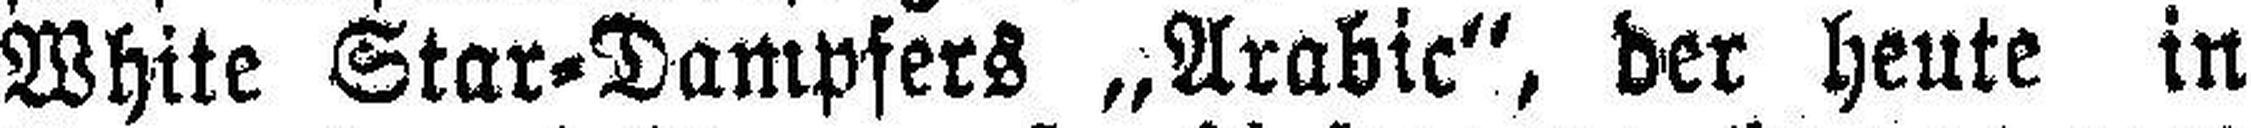
White Star=Dampfers „Arabic“, der heute in